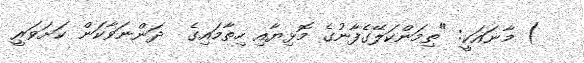
) މާނައަކީ: "ތިމަންކަލޭގެފާނުގެ މޮޅިޔާއި ހިތާމައިގެ  ދަންނަވާކަން ކަށަވަރީ